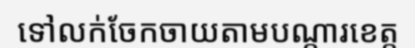
ទៅលក់ចែកចាយតាមបណ្តារខេត្ត